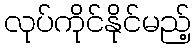
လုပ်ကိုင်နိုင်မည့်